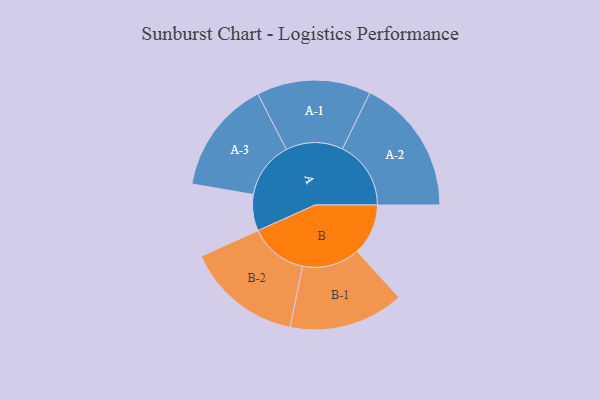
{"axis": {"x": "Segment", "y": "Value"}, "legend": ["", "A", "B"], "data": [{"x": "A", "y": 140, "type": ""}, {"x": "B", "y": 197, "type": ""}, {"x": "A-1", "y": 220, "type": "A"}, {"x": "A-2", "y": 264, "type": "A"}, {"x": "A-3", "y": 219, "type": "A"}, {"x": "B-1", "y": 222, "type": "B"}, {"x": "B-2", "y": 224, "type": "B"}]}